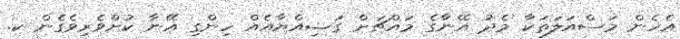
އެހެން މަސްއަލަތަކާ މެދު އޭނާގެ މައްޗަށް ގަޟިއްޔާއެއް ހިންގި އޭނާ ކުށްވެރިވެގެން ކ.